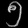
Digit: ၅